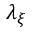
\lambda _ { \xi }